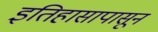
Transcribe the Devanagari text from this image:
इतिहासापासून